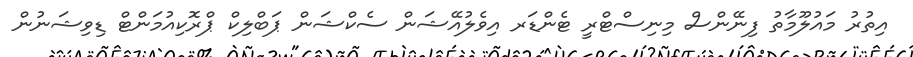
އިތުރު މައުލޫމާތު ފިނޭންސް މިނިސްޓްރީ ޓެންޑަރ އިވެލުއޭޝަން ސެކްޝަން ޕަބްލިކް ޕްރޮކިއުމަންޓް ޑިވިޝަނުން